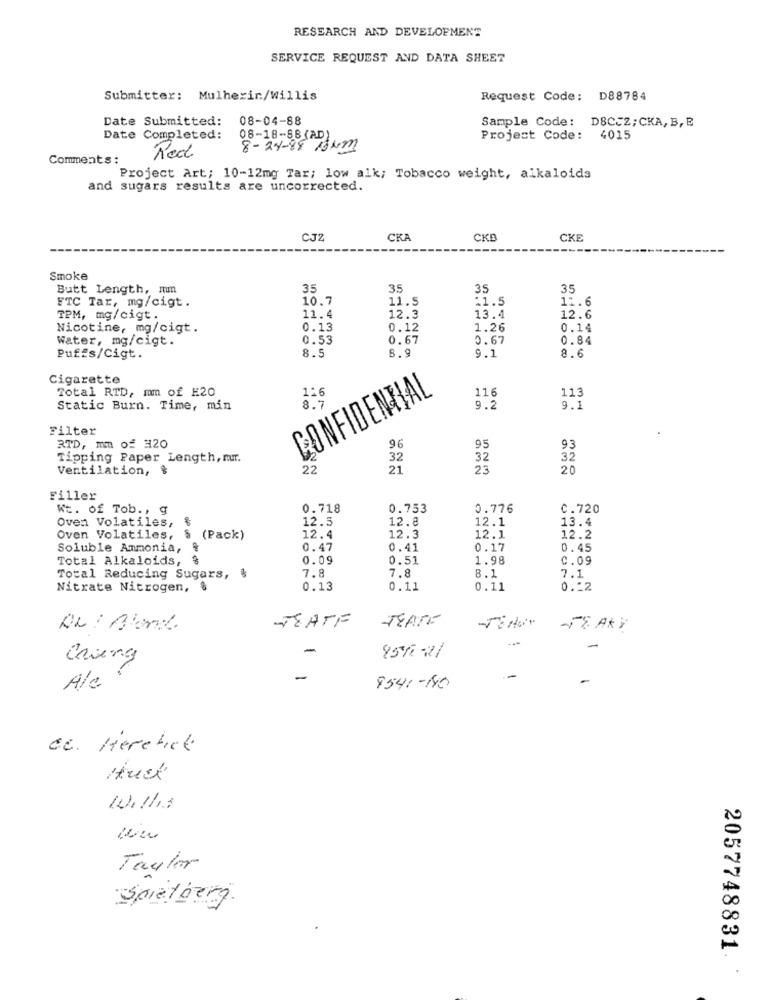
RESEARCH AND DEVELOPMENT
SERVICE REQUEST AND DATA SHEET
Submitter: Mulherin/Willis
Request Code: D88784
Date Submitted:
08-04-88
Sample Code: DSCCZ;CKA, B, E
Date Completed:
08-18-88(AD)
Project Code: 4015
Red
8-24-88 18km
Comments :
Project Art; 10-12mg Tar; low alk; Tobacco weight, alkaloids
and sugars results are uncorrected.
CJZ
CKA
CKB
CKE
Smoke
Butt Length, mm
35
35
35
35
10.7
11.5
11.5
11.6
FTC Tar, mg/cigt.
TPM, mg/cigt.
11.4
12.3
13.4
12.6
Nicotine, mg/cigt.
0.13
0.12
1.26
0.14
Water, mg/cigt.
0.53
0.67
0.67
0.84
8.9
Puffs/Cigt.
8.5
9.1
8.6
Cigarette
Total RTD, mm of E20
CONFIDENTIAL
126
116
113
Static Burn. Time, min
9.2
9.1
Filter
96
RTD, mm of #20
95
93
Tipping Paper Length, mr.
32
32
32
Ventilation, $
22
21
23
20
Filler
Wt. of Tob ., g
0.718
0.753
0.776
C.720
Oven Volatiles,
12.5
12.8
12.1
13.4
Oven Volatiles, § (Pack)
12.4
12.3
12.1
12.2
Soluble Ammonia, &
0.47
0.41
0.17
0.45
Total Alkaloids, $
0.09
0.51
1.98
C.09
Total Reducing Sugars, &
7.8
7.8
8.1
7.1
Nitrate Nitrogen, $
0.13
0.11
0.11
0.22
TEATE
TEATE
-TE AKY
-
-
Chieng
85621
A/a
-
8541-40
Cc. Herchick
Huch
With
Taylor
Spielberg
2057748831